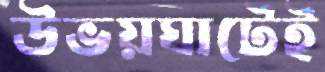
উভয়ঘাটেই